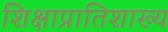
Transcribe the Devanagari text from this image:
शिक्षाप्रातिशाख्य